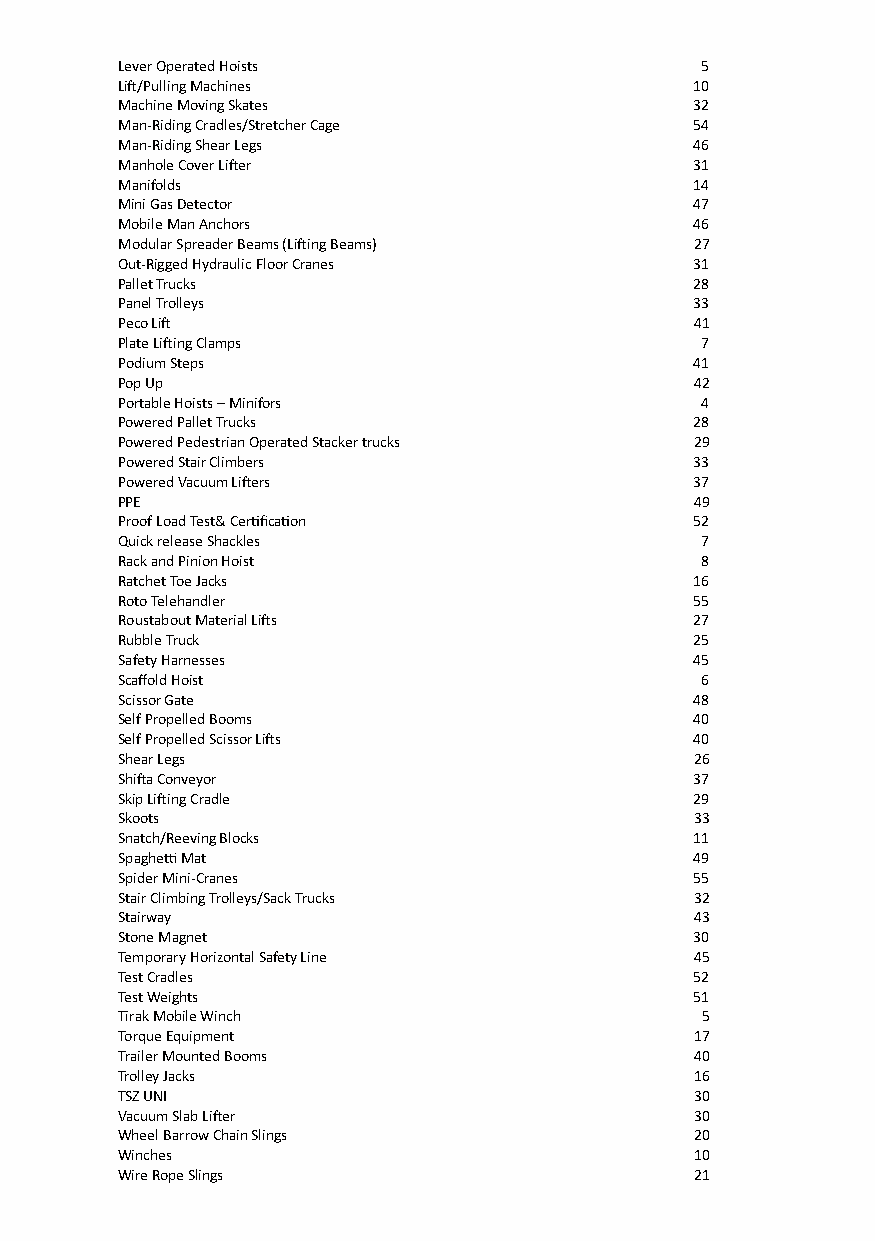
Lever Operated Hoists                 5
 Lift/Pulling Machines                 10
 Machine Moving Skates                 32
 Man-Riding Cradles/Stretcher Cage     54
 Man-Riding Shear Legs                 46
 Manhole Cover Lifter                  31
 Manifolds                             14
 Mini Gas Detector                     47
 Mobile Man Anchors                    46
 Modular Spreader Beams (Lifting Beams) 27
 Out-Rigged Hydraulic Floor Cranes     31
 Pallet Trucks                         28
 Panel Trolleys                        33
 Peco Lift                             41
 Plate Lifting Clamps                  7
 Podium Steps                          41
 Pop Up                                42
 Portable Hoists – Minifors            4
 Powered Pallet Trucks                 28
 Powered Pedestrian Operated Stacker trucks 29
 Powered Stair Climbers                33
 Powered Vacuum Lifters                37
 PPE                                   49
 Proof Load Test& Certification        52
 Quick release Shackles                7
 Rack and Pinion Hoist                 8
 Ratchet Toe Jacks                     16
 Roto Telehandler                      55
 Roustabout Material Lifts             27
 Rubble Truck                          25
 Safety Harnesses                      45
 Scaffold Hoist                        6
 Scissor Gate                          48
 Self Propelled Booms                  40
 Self Propelled Scissor Lifts          40
 Shear Legs                            26
 Shifta Conveyor                       37
 Skip Lifting Cradle                   29
 Skoots                                33
 Snatch/Reeving Blocks                 11
 Spaghetti Mat                         49
 Spider Mini-Cranes                    55
 Stair Climbing Trolleys/Sack Trucks   32
 Stairway                              43
 Stone Magnet                          30
 Temporary Horizontal Safety Line      45
 Test Cradles                          52
 Test Weights                          51
 Tirak Mobile Winch                    5
 Torque Equipment                      17
 Trailer Mounted Booms                 40
 Trolley Jacks                         16
 TSZ UNI                               30
 Vacuum Slab Lifter                    30
 Wheel Barrow Chain Slings             20
 Winches                               10
 Wire Rope Slings                      21